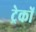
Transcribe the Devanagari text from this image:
ट्रेकों